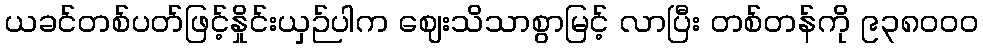
ယခင်တစ်ပတ်ဖြင့်နှိုင်းယှဉ်ပါက ဈေးသိသာစွာမြင့် လာပြီး တစ်တန်ကို ၉၃၈၀၀၀